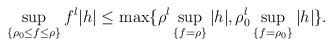
LaTeX: \begin{align*} \sup _{\{\rho_0\leq f \leq \rho\}} f^l|h| \leq \max\{ \rho^l \sup _{\{f=\rho\}}|h|,\rho_0^l \sup _{\{f=\rho_0\}}|h| \}.\end{align*}